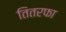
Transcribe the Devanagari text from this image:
तितरफा